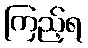
ကြည့်ရ